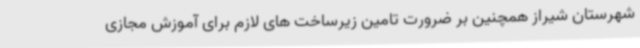
شهرستان شیراز همچنین بر ضرورت تامین زیرساخت های لازم برای آموزش مجازی